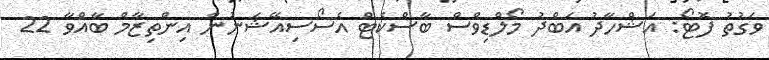
ވަގުތު ފޮޓޯ: އަޝްހާދު އަބްދު މޯލްޑިވްސް ބާސްކެޓް އެސޯސިއޭޝަނުން އިންތިޒާމް ބާއްވާ 22